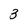
Character: 3